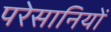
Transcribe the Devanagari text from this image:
परेसानियों